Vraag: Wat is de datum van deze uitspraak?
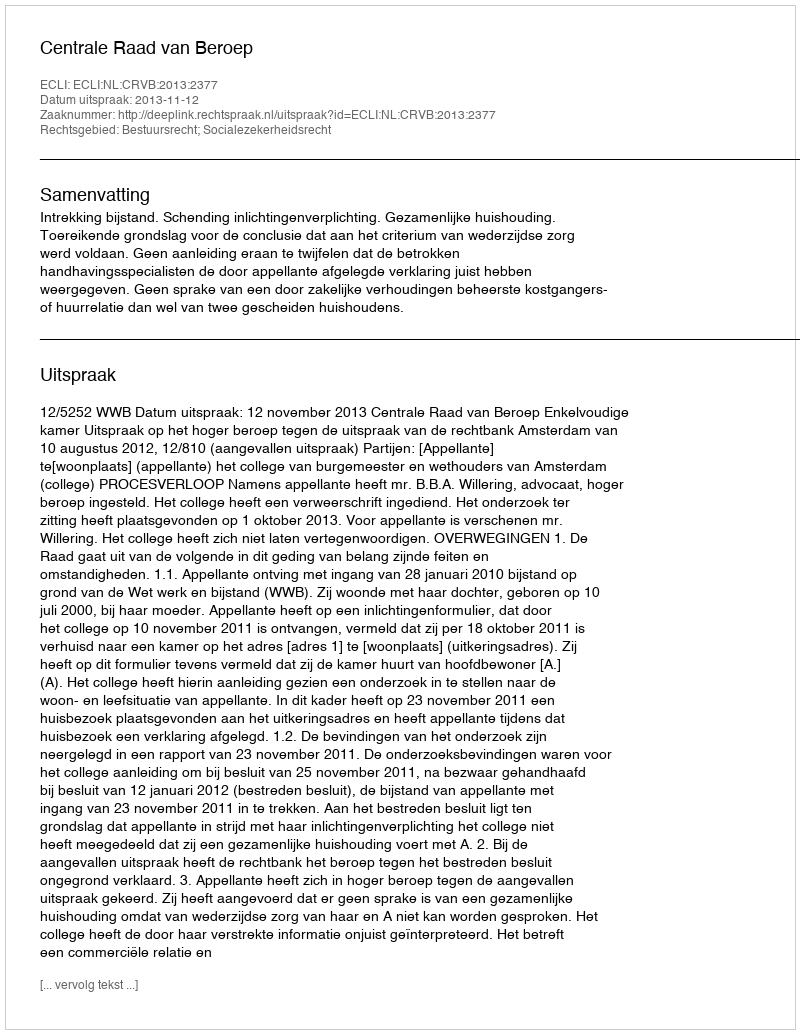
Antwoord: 2013-11-12